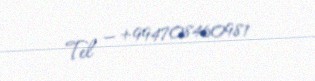
Tel — +994708460981